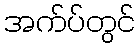
အက်ပ်တွင်